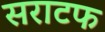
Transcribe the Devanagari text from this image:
सराटफ